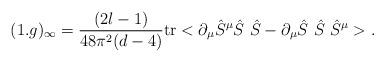
LaTeX: \begin{align*}(1.g)_\infty = \frac{(2l-1)}{48\pi^2(d-4)}\mbox{tr} <\partial_\mu \hat S^\mu \hat S\ \hat S -\partial_\mu \hat S\ \hat S\ \hat S^\mu>.\end{align*}